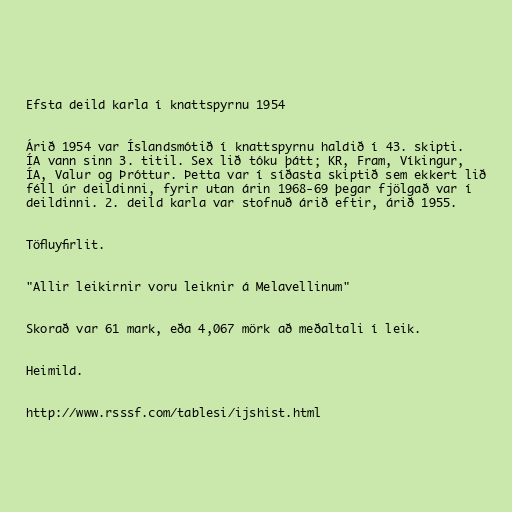
Efsta deild karla í knattspyrnu 1954

Árið 1954 var Íslandsmótið í knattspyrnu haldið í 43. skipti.
ÍA vann sinn 3. titil. Sex lið tóku þátt; KR, Fram, Víkingur,
ÍA, Valur og Þróttur. Þetta var í síðasta skiptið sem ekkert lið
féll úr deildinni, fyrir utan árin 1968-69 þegar fjölgað var í
deildinni. 2. deild karla var stofnuð árið eftir, árið 1955.

Töfluyfirlit.

"Allir leikirnir voru leiknir á Melavellinum"

Skorað var 61 mark, eða 4,067 mörk að meðaltali í leik.

Heimild.

http://www.rsssf.com/tablesi/ijshist.html